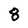
Character: 8